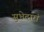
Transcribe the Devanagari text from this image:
सुभेदारां